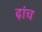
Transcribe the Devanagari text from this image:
ढ़ांच